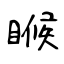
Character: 睺